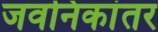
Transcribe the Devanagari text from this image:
जवनिकांतर